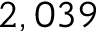
2 , 0 3 9